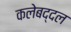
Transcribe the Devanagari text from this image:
कलेबद्दल